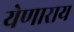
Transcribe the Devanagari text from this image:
येणाराय